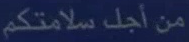
من أجل سلامتكم